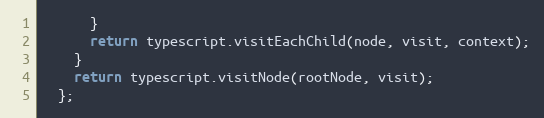
Language: JavaScript
      }
      return typescript.visitEachChild(node, visit, context);
    }
    return typescript.visitNode(rootNode, visit);
  };